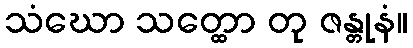
သံဃော သတ္ထော တု ဇန္တုနံ။